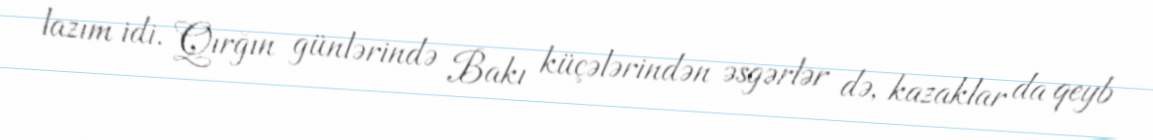
lazım idi. Qırğın günlərində Bakı küçələrindən əsgərlər də, kazaklar da qeyb